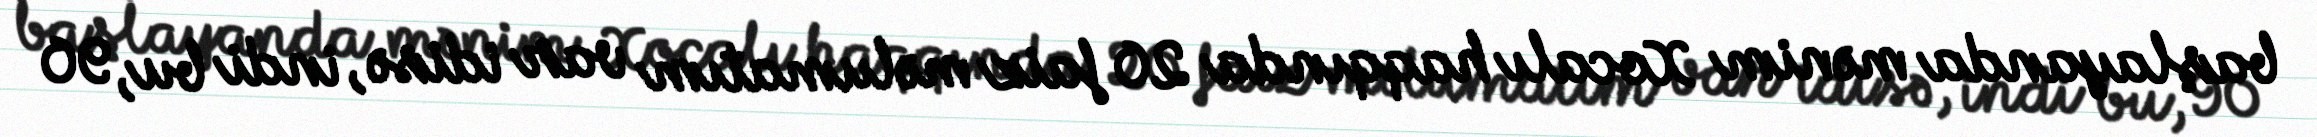
başlayanda mənim Xocalı haqqında 20 faiz məlumatım var idisə, indi bu, 90